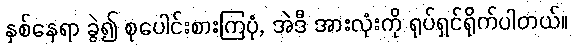
နှစ်နေရာ ခွဲ၍ စုပေါင်းစားကြပုံ, အဲဒီ အားလုံးကို ရုပ်ရှင်ရိုက်ပါတယ်။